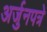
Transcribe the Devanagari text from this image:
अर्जुनपत्रे